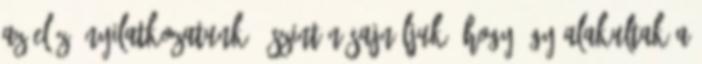
az előző nyilatkozatunk. Őszintén sajnáljuk, hogy így alakultak a